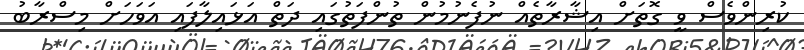
ކުރިންވެސް ވީ ގޮތަށް އިޝާރާތެއް ނުފެނުމުން ތުންފަތުގައި ދަތް އަޅައިލާފައި އަވަހަށް މިސްރާބު